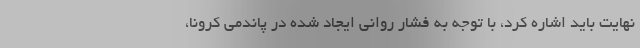
نهایت باید اشاره کرد، با توجه به فشار رواني ایجاد شده در پاندمي كرونا،